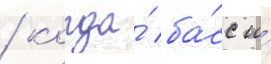
/ когда́ ба́сс и́